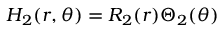
H _ { 2 } ( r , \theta ) = R _ { 2 } ( r ) \Theta _ { 2 } ( \theta )